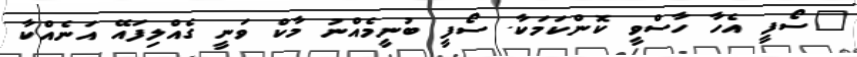
"ސޯފީ އެހާ ހާސްވީ ކޮންކަމަކާ. ސޯފީ ބުނީމެއްނު މާކް ވަނީ ގެއްލިފައޭ އަނެއްކާ